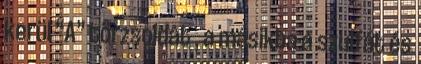
kerül “A” törzsoldat , a másikba a szulfát és